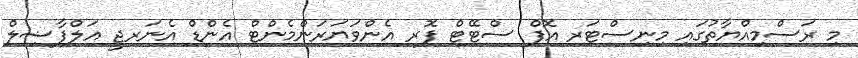
މި ރަސްމިއްޔާތުގައި މިނިސްޓަރ އޮފް ސްޓޭޓް ފޮރ އެންވަޔަރަންމެންޓް އެންޑް އެނަރޖީ އަލްފާޟިލް